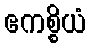
ဧကစ္စိယံ